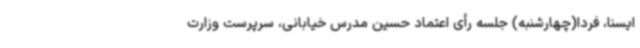
ایسنا، فردا(چهارشنبه) جلسه رأی اعتماد حسین مدرس خیابانی، سرپرست وزارت